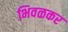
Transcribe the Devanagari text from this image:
भिवळकर